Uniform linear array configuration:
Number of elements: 48
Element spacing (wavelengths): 1
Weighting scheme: kaiser
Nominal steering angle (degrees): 30
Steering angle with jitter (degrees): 30.944
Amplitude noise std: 0.05
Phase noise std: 0.05

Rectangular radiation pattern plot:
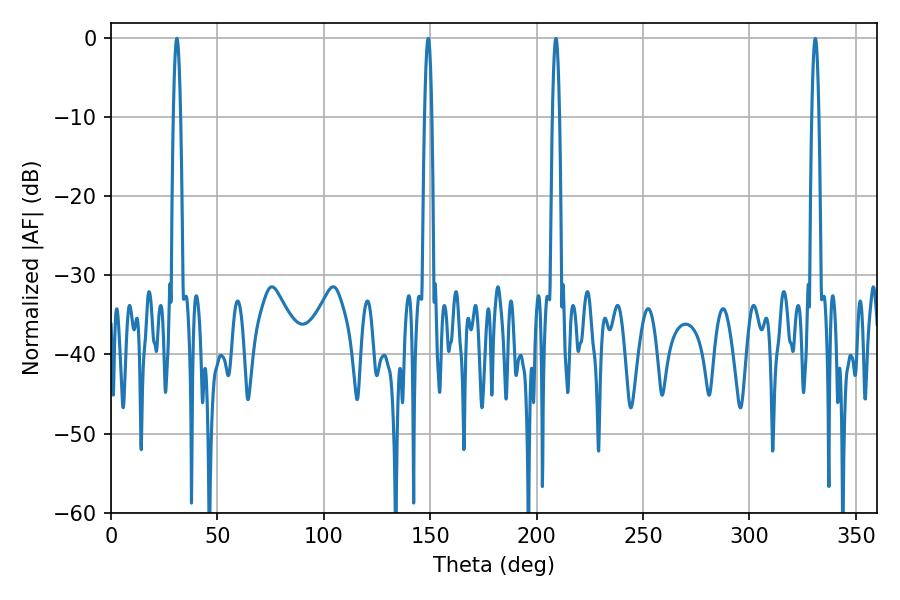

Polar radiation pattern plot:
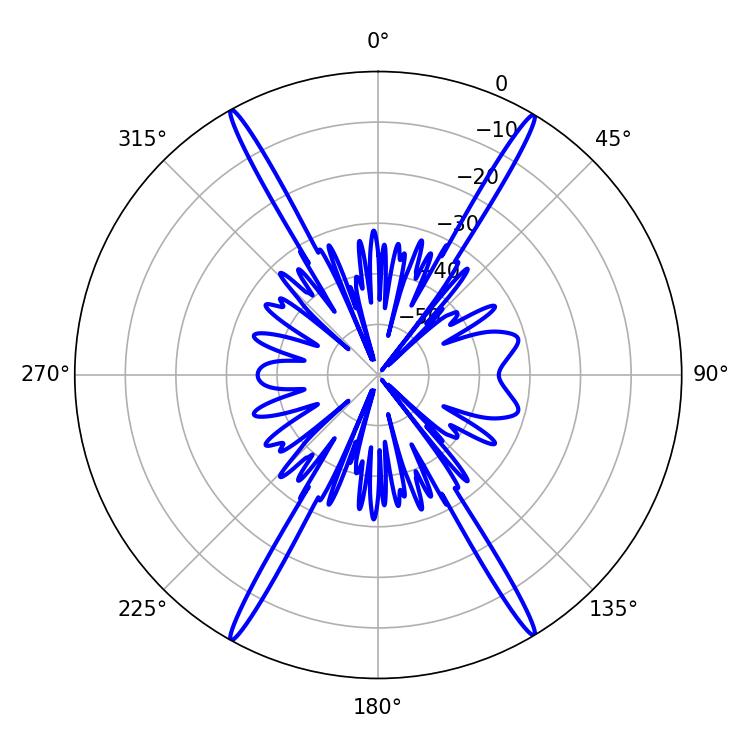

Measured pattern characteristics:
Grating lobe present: TRUE
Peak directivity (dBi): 28.376
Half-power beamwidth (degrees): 1.8
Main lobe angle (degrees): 30.96